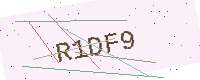
Text: R1DF9